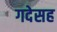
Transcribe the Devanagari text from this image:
गदेसह